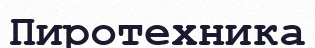
Пиротехника